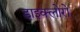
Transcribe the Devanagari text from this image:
डाइक्लोरो